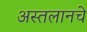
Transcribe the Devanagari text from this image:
अस्तलानचे